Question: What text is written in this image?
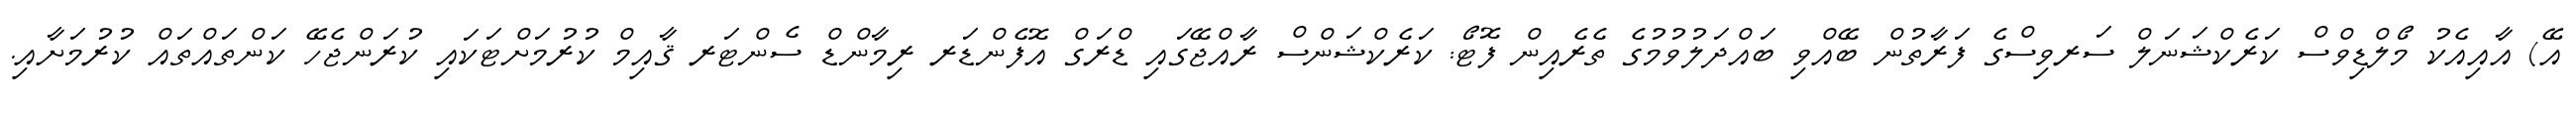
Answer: އޭ) އާއިއެކު މޯލްޑިވްސް ކަރެކްޝަނަލް ސަރވިސްގެ ފަރާތުން ބޭއްވި ބައްދަލުވުމުގެ ތެރެއިން ފޮޓޯ: ކަރެކްޝަންސް ރާއްޖޭގައި ޑްރަގް އޮފެންޑަރ ރިމާންޑް ސެންޓަރ ޤާއިމް ކުރުމަށްޓަކައި ކުރަންޖެހޭ ކަންތައްތައް ކުރުމަށާއި.